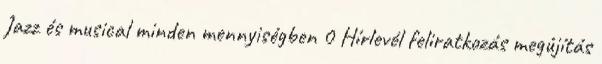
Jazz és musical minden mennyiségben 0 Hírlevél feliratkozás megújítás